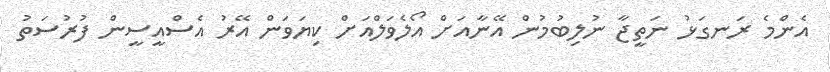
އެންމެ ރަނގަޅު ނަތީޖާ ނުލިބުމުން އޭނާއަށް އޯލެވަލްއަށް ކިޔަވަން އޭރު އެސްއީސީން ފުރުސަތު